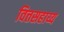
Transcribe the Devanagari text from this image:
वित्तसहाय्य